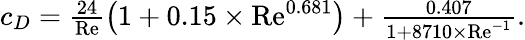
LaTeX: \begin{array}{r}{c_{D}=\frac{24}{\mathrm{Re}}\left(1+0.15\times\mathrm{Re}^{0.681}\right)+\frac{0.407}{1+8710\times\mathrm{Re}^{-1}}.}\end{array}